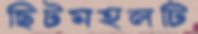
ছিটমহলটি